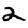
Digit: 2